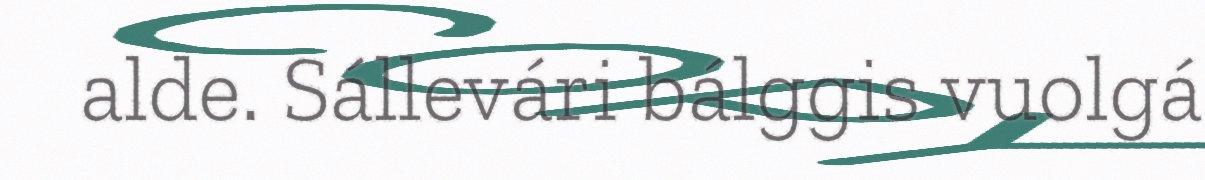
alde. Sállevári bálggis vuolgá